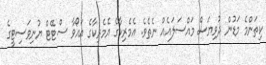
ކިތަންމެ މަޑުން ދުވިޔަސް މައްސަލައެއް ނެތެވެ. އެމެރިކާގެ އެމެރިކާގެ އައޯވާ ސްޓޭޓް ޔުނިވަސިޓީގެ